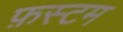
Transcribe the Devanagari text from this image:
फ़स्टम